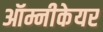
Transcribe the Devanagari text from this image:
ऑम्नीकेयर